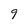
Character: 9